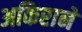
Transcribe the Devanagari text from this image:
अकिराने